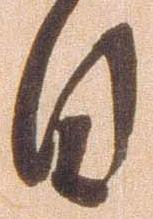
日